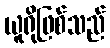
ယူရိုဖြစ်သည်